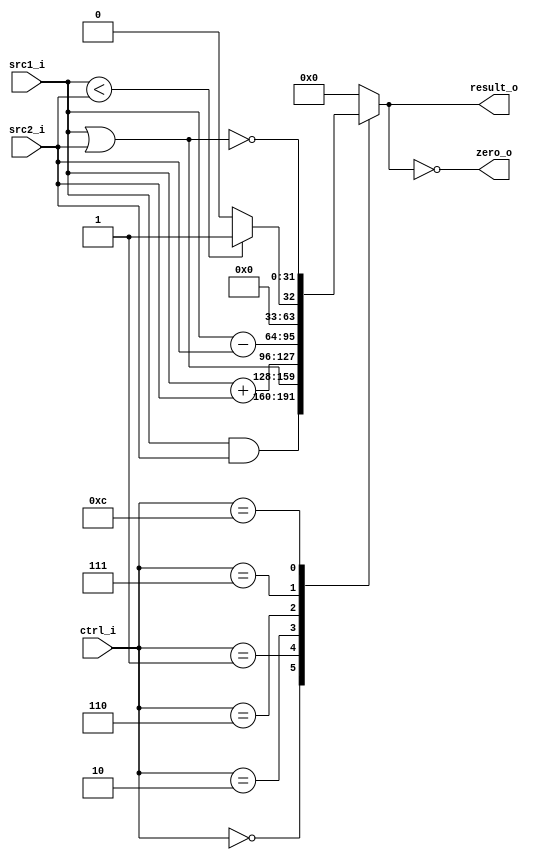
// 110550130 

//Subject:     CO project 2 - ALU
//--------------------------------------------------------------------------------
//Version:     1
//--------------------------------------------------------------------------------
//Writer:      
//----------------------------------------------
//Date:        
//----------------------------------------------
//Description: 
//--------------------------------------------------------------------------------
`timescale 1ns/1ps
module ALU(
    src1_i,
	src2_i,
	ctrl_i,
	result_o,
	zero_o
	);
     
//I/O ports
input signed [32-1:0]  src1_i;
input signed [32-1:0]  src2_i;
input  [4-1:0]   ctrl_i;

output [32-1:0]	 result_o;
output           zero_o;

//Internal signals
reg    [32-1:0]  result_o;

//Parameter

//Main function

assign zero_o = (result_o == 0);
always @(*) begin
  case (ctrl_i)
    0: result_o <= src1_i & src2_i;
    1: result_o <=  src1_i | src2_i;
    2: result_o <=src1_i + src2_i;
    6: result_o <= src1_i - src2_i;
    7: result_o <= src1_i < src2_i ? 1 : 0;
    12: result_o <= ~(src1_i | src2_i);
    default: result_o <= 0;
  endcase
end
    
endmodule